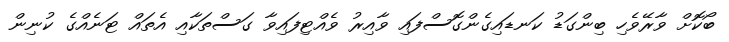
ބޯކޮށް ވާރޭވެހި ބިންގަޑު ކަނޑައިގެންގޮސްފައި ވާއިރު ވެއްޓިފައިވާ ގަސްތަކާއި އެތައް ޓަނެއްގެ ކުނިން